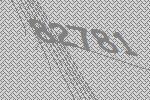
82781